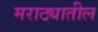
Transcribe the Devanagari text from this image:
मराठ्यातील